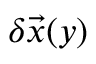
\delta \vec { x } ( y )